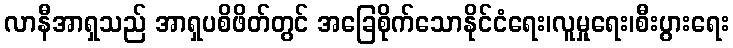
လာနီအာရှသည် အာရှပစိဖိတ်တွင် အခြေစိုက်သောနိုင်ငံရေး၊လူမှုရေး၊စီးပွားရေး